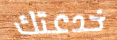
خدعتك